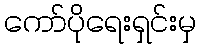
ကော်ပိုရေးရှင်းမှ